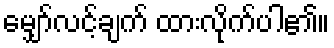
မျှော်လင့်ချက် ထားလိုက်ပါ၏။